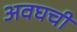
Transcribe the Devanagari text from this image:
अवघची